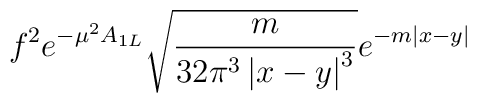
f^2e^{-\mu^2A_{1L}}\sqrt{\frac{m}{32\pi^3\left|x-y\right|^3}}	e^{-m\left|x-y\right|}